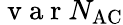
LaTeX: \mathrm{~v~a~r~}N_{\mathrm{AC}}